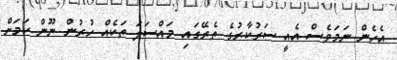
އެހެން ނަމަވެސް އެއީ ސަރުކާރުގެ ތެރޭގައި މައްސަލަ ތަކެއް ހުރުން ނޫން ކަމަށް